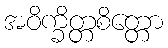
အဝိက္ခိတ္တစိတ္တော